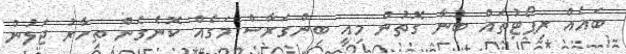
ބައެއް ރިޕޯޓުތައް ބުނާ ގޮތުން މިއީ ބިންގަރާސް މަގެއް ކޮނެގެން ތިހާރު ޖަލުން